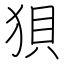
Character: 狽